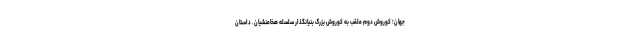
جهان؛ کوروش دوم ملقب به کوروش بزرگ بنیانگذار سلسله هخامنشیان. داستان